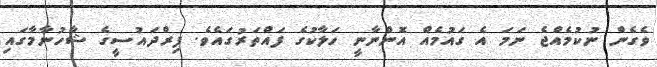
ވެގެން ނުކުމެއްޖެ ނަމަ އެ ގައުމެއް އޮންނާނީ ހަލާކުގެ ފައްތަރުގައެވެ. ފިރްދައުސީގެ ޝާހުނާމާގައި